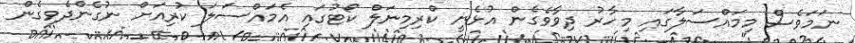
ނަމަވެސް މިމައްސަލާގައި މިހާރު ދިވާވެގެން އުޅެނީ ކްރިމިނަލް ކޯޓުގައި އެމައްސަލަ ކުރިއަށް ނުގެންދެވިގެން